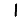
Digit: 1